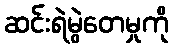
ဆင်းရဲမွဲတေမှုကို